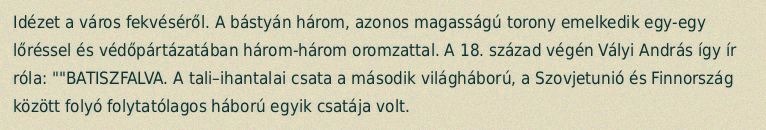
Idézet a város fekvéséről. A bástyán három, azonos magasságú torony emelkedik egy-egy lőréssel és védőpártázatában három-három oromzattal. A 18. század végén Vályi András így ír róla: ""BATISZFALVA. A tali–ihantalai csata a második világháború, a Szovjetunió és Finnország között folyó folytatólagos háború egyik csatája volt.